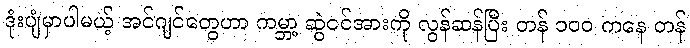
ဒုံးပျံမှာပါမယ့် အင်ဂျင်တွေဟာ ကမ္ဘာ့ ဆွဲငင်အားကို လွန်ဆန်ပြီး တန် ၁၀၀ ကနေ တန်